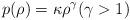
LaTeX: \begin{align*}p(\rho)=\kappa\rho^\gamma(\gamma>1)\end{align*}